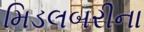
મિડલબરીના